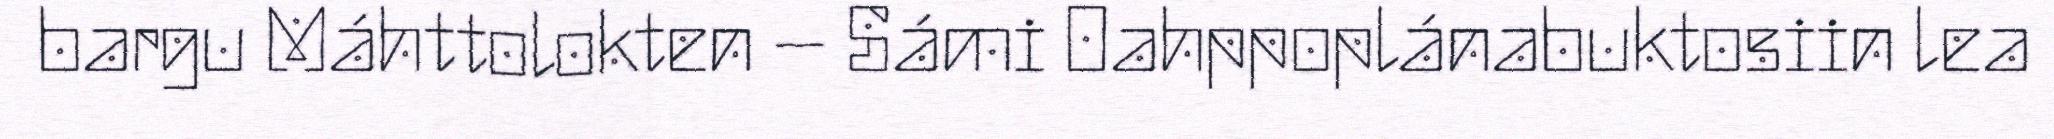
bargu Máhttolokten – Sámi Oahppoplánabuktosiin lea